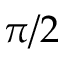
\pi / 2